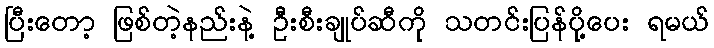
ပြီးတော့ ဖြစ်တဲ့နည်းနဲ့ ဦးစီးချုပ်ဆီကို သတင်းပြန်ပို့ပေး ရမယ်